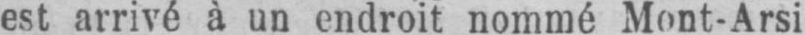
est arrivé à un endroit nommé Mont-Arsi